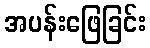
အပန်းဖြေခြင်း